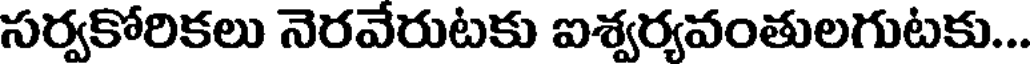
సర్వకోరికలు నెరవేరుటకు ఐశ్వర్యవంతులగుటకు...